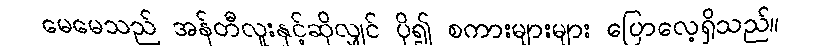
မေမေသည် အန်တီလူးနှင့်ဆိုလျှင် ပို၍ စကားများများ ပြောလေ့ရှိသည်။